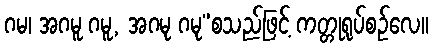
ဂမ၊ အဂမူ ဂမူ, အဂမု ဂမု”စသည်ဖြင့် ကတ္တုရုပ်စဉ်လေ။